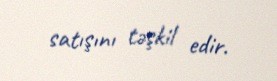
satışını təşkil edir.